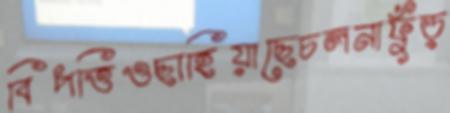
বিপত্তিওছাহিয়াছেচলনাফুঁড়